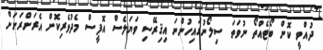
ދުއްވީ ކޮން ބޯޓެއްތޯ ނުވަތަ ސިލޯނުގައިހުންނަ އިޤިރޭސި ވަޔަލެސް އޮފީސް މެދުވެރިކޮށް އެރަށްރަށަށް